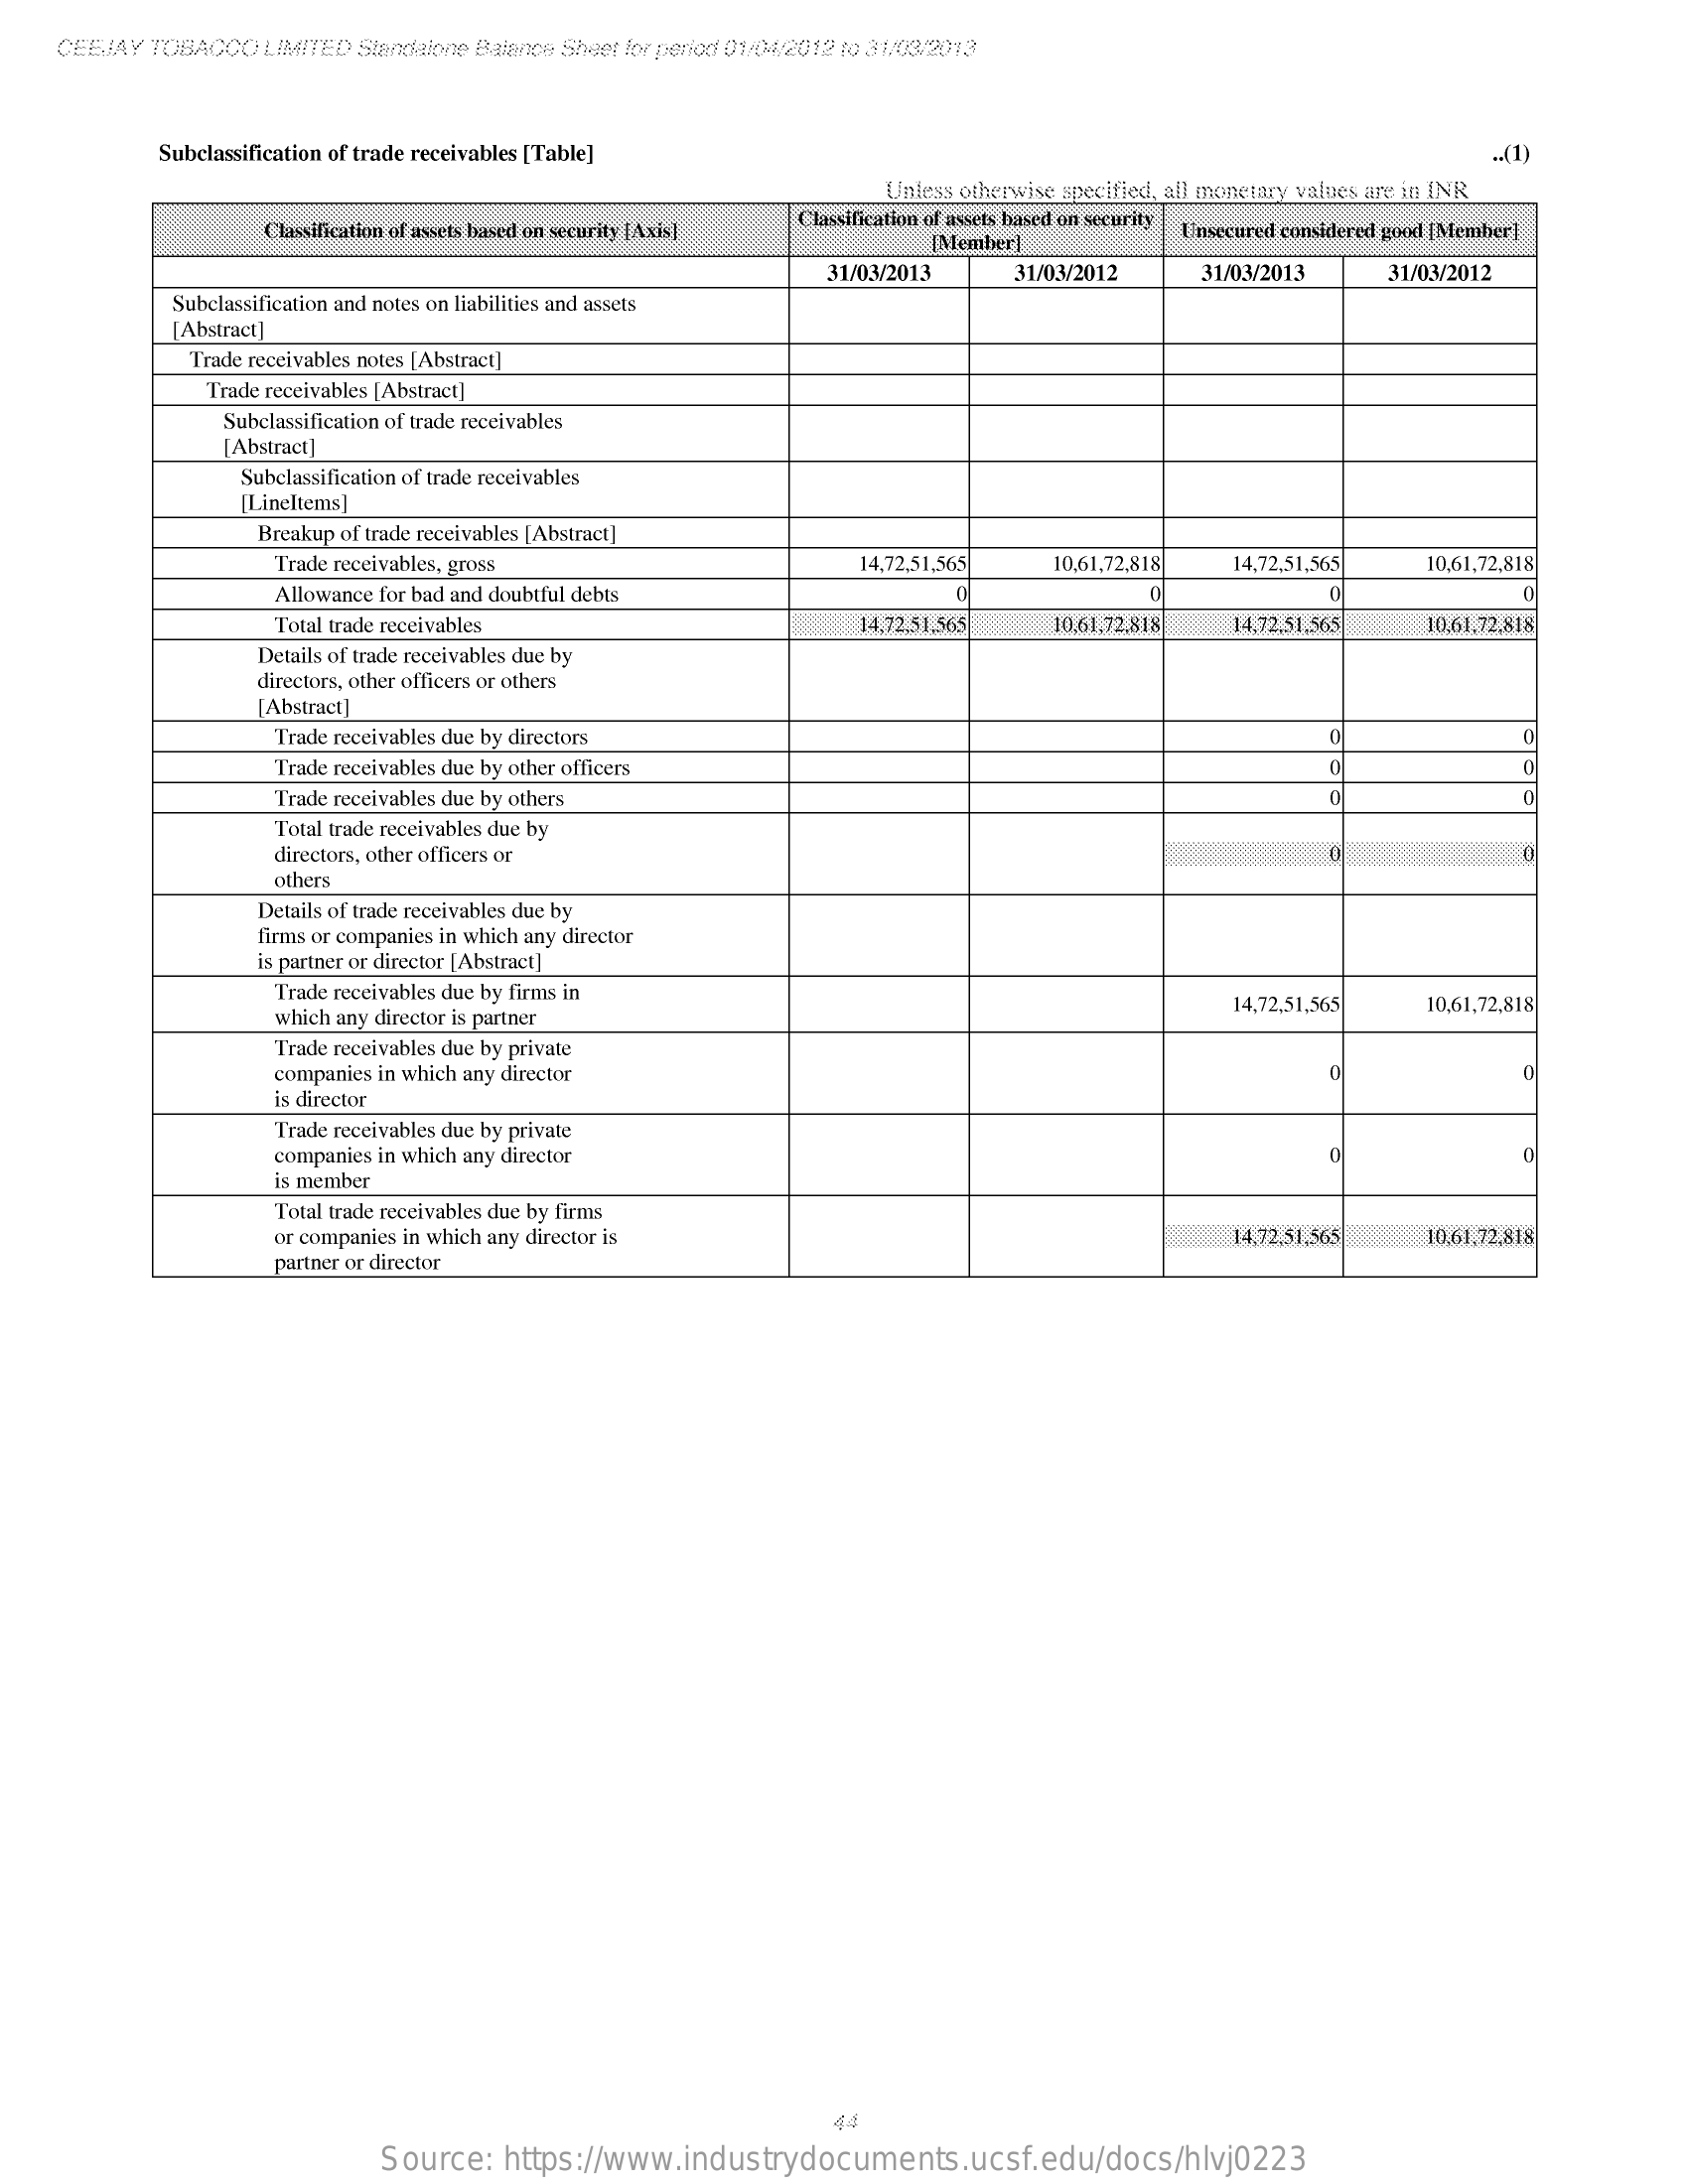
CEEJAY TOBACCO  LIMITED Standalone Balance Sheet for period 01/04/2012 (0 31/03/2013
     Subclassification of trade receivables [Table]
     Unless otherwise specified, all monetary values are in INR
     Classification of assets based on security [Axis]
     Classification of assets binsed on security
     [Member    Unsecured considered good [Member]
     31/03/2013    31/03/2012    31/03/2013    31/03/2012
     Subclassification and notes on liabilities and assets
     [Abstract]
     Trade receivables notes [Abstract]
     Trade receivables [Abstract]
     Subclassification of trade receivables
     Abstract]
     Subclassification of trade receivables
     [LineItems]
     Breakup of trade receivables [Abstract]
     Trade receivables, gross    14,72,51,565   10,61,72,818  14,72,51,565    10,61,72,818
     Allowance for bad and doubtful debts    0
     Total trade receivables    14,72,51.565   10.61,72.818  14,72,51,565   10,61,72,818
     Details of trade receivables due by
     directors, other officers or others
     [Abstract]
     Trade receivables due by directors    0
     Trade receivables due by other officers
     Trade receivables due by others
     Total trade receivables due by
     directors, other officers or
     others
     Details of trade receivables due by
     firms or companies in which any director
     is partner or director [Abstract]
     Trade receivables due by firms in
     which any director is partner
     14,72,51,565    10,61,72,818
     Trade receivables due by private
     companies in which any director
     is director
     Trade receivables due by private
     companies in which any director
     is member
     Total trade receivables due by firms
     or companies in which any director is    14,72,51,565   10.61,72,818
     partner or director
     44
     Source:   https://www.industrydocuments.ucsf.edu/docs/hlvj0223